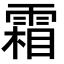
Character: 霜